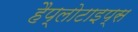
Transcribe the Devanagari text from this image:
हैप्लोटाइप्स